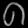
Digit: ၈